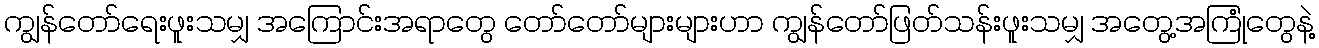
ကျွန်တော်ရေးဖူးသမျှ အကြောင်းအရာတွေ တော်တော်များများဟာ ကျွန်တော်ဖြတ်သန်းဖူးသမျှ အတွေ့အကြုံတွေနဲ့